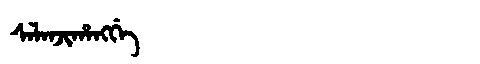
Manchu: ᠰᠠᠯᠠᠨᠵᡳᡥᠠᠩᡤᡝ
Romanization: SALANJIHANGGE